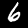
Digit: 6